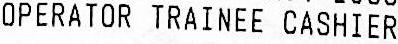
OPERATOR TRAINEE CASHIER